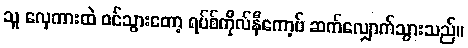
သူ လှေကားထဲ ဝင်သွားတော့ ရပ်စ်ကိုလ်နီကော့ဗ် ဆက်လျှောက်သွားသည်။